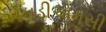
એનડીએમસી